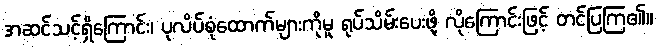
အဆင်သင့်ရှိကြောင်း၊ ပုလိပ်စုံထောက်များကိုမူ ရုပ်သိမ်းပေးဖို့ လိုကြောင်းဖြင့် တင်ပြကြ၏။